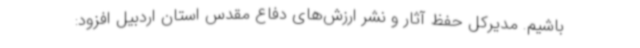
باشیم. مدیرکل حفظ آثار و نشر ارزش‌های دفاع مقدس استان اردبیل افزود: